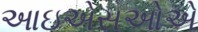
આઇએસઓએ